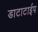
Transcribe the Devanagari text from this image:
डाटाटाईप